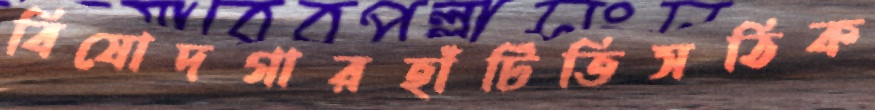
বিষোদগারহাঁটিতিসঠিক